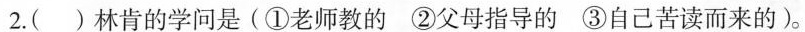
2.()林肯的学问是(①老师教的②父母指导的③自己苦读而来的)。